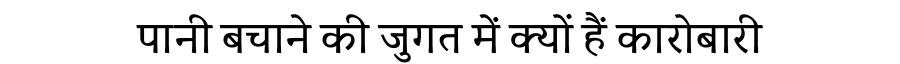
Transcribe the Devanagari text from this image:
पानी बचाने की जुगत में क्यों हैं कारोबारी